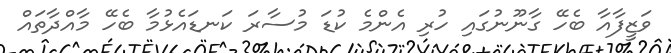
ވަޒީފާއާ ބެހޭ ގާނޫނުގައި ހުރި އެންމެ ކުޑަ މުސާރަ ކަނޑައެޅުމާ ބެހޭ މާއްދާތައް